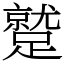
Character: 蹵